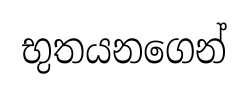
භුතයනගෙන්